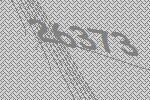
26373